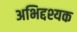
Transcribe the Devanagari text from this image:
अभिद्दश्यक